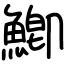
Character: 鯽